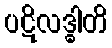
ပဋိလဒ္ဓါတိ